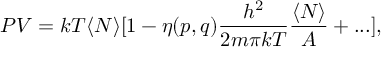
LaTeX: P V = k T \langle N \rangle [ 1 - \eta ( p , q ) { \frac { h ^ { 2 } } { 2 m \pi k T } } { \frac { \langle N \rangle } { A } } + . . . ] ,